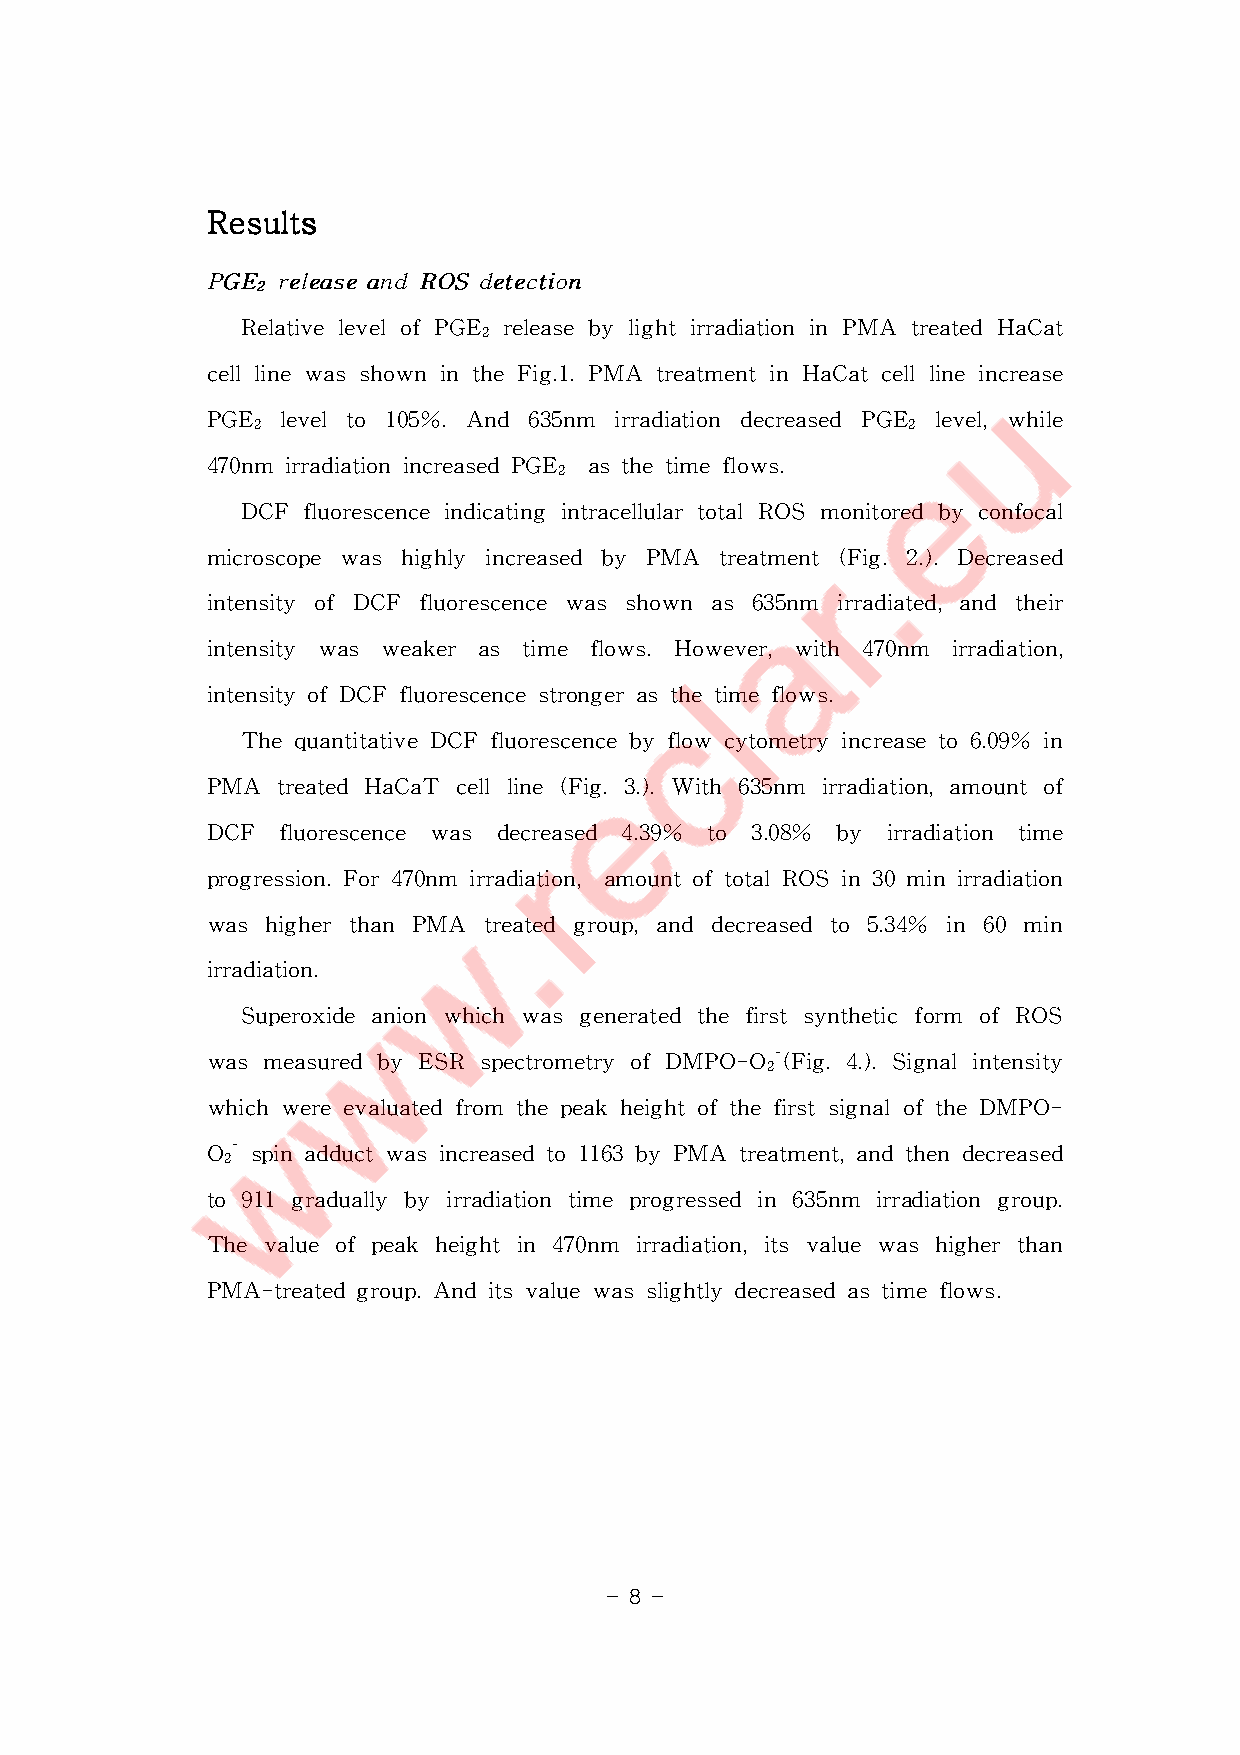
RRRReeeessssuuuullllttttssss
 PPPGGGEEE rrreeellleeeaaassseeeaaannndddRRROOOSSSdddeeettteeeccctttiiiooonnn
 222
 RelativelevelofPGE releasebylightirradiationinPMA treatedHaCat
 2
 celllinewasshownintheFig.1.PMA treatmentinHaCatcelllineincrease
 PGE  levelto 105%.And 635nm irradiation decreased PGE level,while
 2                                          2
 470nm irradiationincreasedPGE asthetimeflows.
 2
 DCF fluorescenceindicatingintracellulartotalROS monitoredbyconfocal
 microscope was highly increased by PMA treatment(Fig.2.).Decreased
 intensity ofDCF fluorescence was shown as 635nm irradiated,and their
 intensity was weaker as time flows.However,with 470nm irradiation,
 intensityofDCFfluorescencestrongerasthetimeflows.
 ThequantitativeDCFfluorescencebyflow cytometryincreaseto6.09% in
 PMA  treatedHaCaT cellline(Fig.3.).With 635nm irradiation,amountof
 DCF  fluorescence was decreased 4.39% to 3.08% by irradiation time
 progression.For470nm irradiation,amountoftotalROSin30minirradiation
 was higherthan PMA treated group,and decreased to 5.34% in 60 min
 irradiation.
 Superoxideanion which wasgeneratedthefirstsyntheticform ofROS
 wasmeasuredbyESR   spectrometryofDMPO-O-(Fig.4.).Signalintensity
 2
 whichwereevaluatedfrom thepeakheightofthefirstsignaloftheDMPO-
 O-spinadductwasincreasedto1163byPMA treatment,andthendecreased
 2
 to911gradually by irradiationtimeprogressedin635nm irradiationgroup.
 Thevalueofpeak  heightin 470nm irradiation,itsvaluewashigherthan
 PMA-treatedgroup.Anditsvaluewasslightlydecreasedastimeflows.
 - 8 -